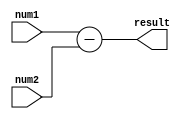
module fixed_point_subtractor (
    input [15:0] num1,
    input [15:0] num2,
    output reg [15:0] result
);

reg [15:0] temp_result;

// Arithmetic operation
always @* begin
    temp_result = num1 - num2;
end

// Output register
always @* begin
    result = temp_result;
end

endmodule